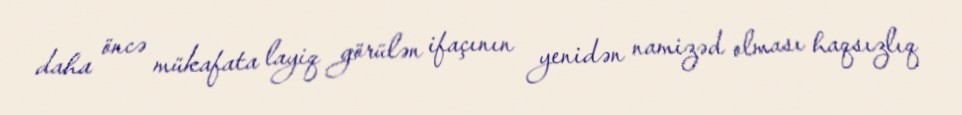
daha öncə mükafata layiq görülən ifaçının yenidən namizəd olması haqsızlıq